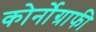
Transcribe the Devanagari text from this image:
कोर्नोग्राफी